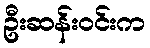
ဦးဆန်းဝင်းက